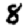
Digit: 8